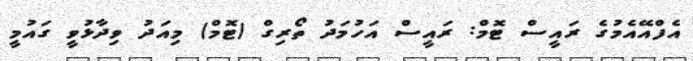
އެފްއޭއެމުގެ ރައީސް ޓޮމް: ރައީސް އަހުމަދު ތޯރިގް (ޓޮމް) މިއަދު ވިދާޅުވީ ގައުމީ